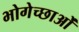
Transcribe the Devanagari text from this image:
भोगेच्छाओं